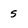
Character: 5